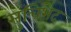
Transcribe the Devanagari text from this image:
सुचिभेद